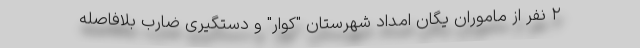
۲ نفر از ماموران یگان امداد شهرستان "کوار" و دستگیری ضارب بلافاصله